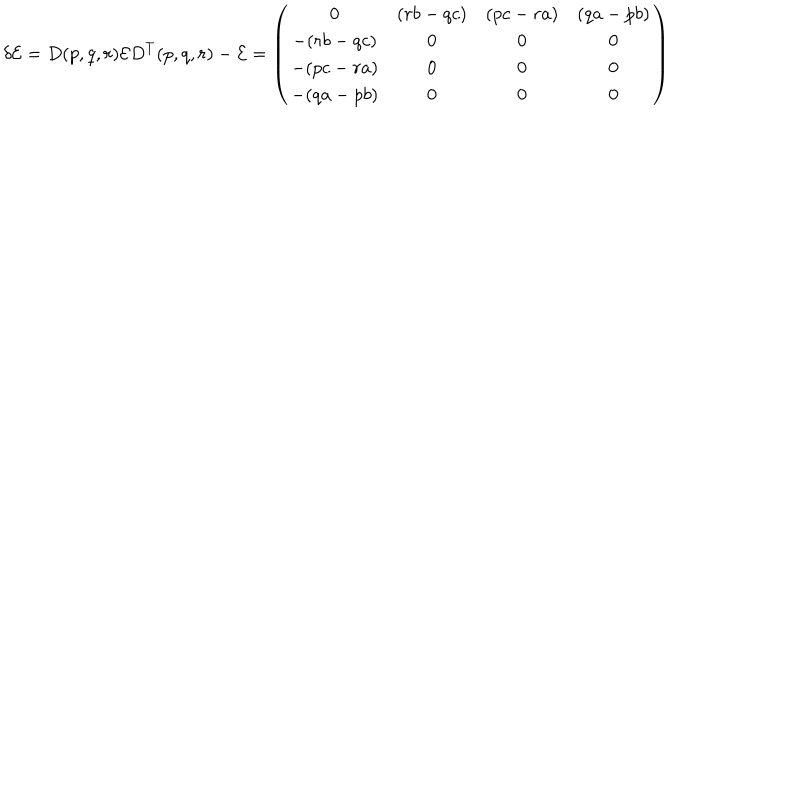
\delta { \cal E } = D ( p , q , r ) { \cal E } D ^ { T } ( p , q , r ) - { \cal E } = \left( \begin{array} { c c c c } { { 0 } } & { { ( r b - q c ) } } & { { ( p c - r a ) } } & { { ( q a - p b ) } } \\ { { - ( r b - q c ) } } & { { 0 } } & { { 0 } } & { { 0 } } \\ { { - ( p c - r a ) } } & { { 0 } } & { { 0 } } & { { 0 } } \\ { { - ( q a - p b ) } } & { { 0 } } & { { 0 } } & { { 0 } } \\ \end{array} \right)